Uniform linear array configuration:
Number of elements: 8
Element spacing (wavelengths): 0.25
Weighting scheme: hann
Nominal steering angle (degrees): -60
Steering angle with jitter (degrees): -60.476
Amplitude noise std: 0.05
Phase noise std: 0.05

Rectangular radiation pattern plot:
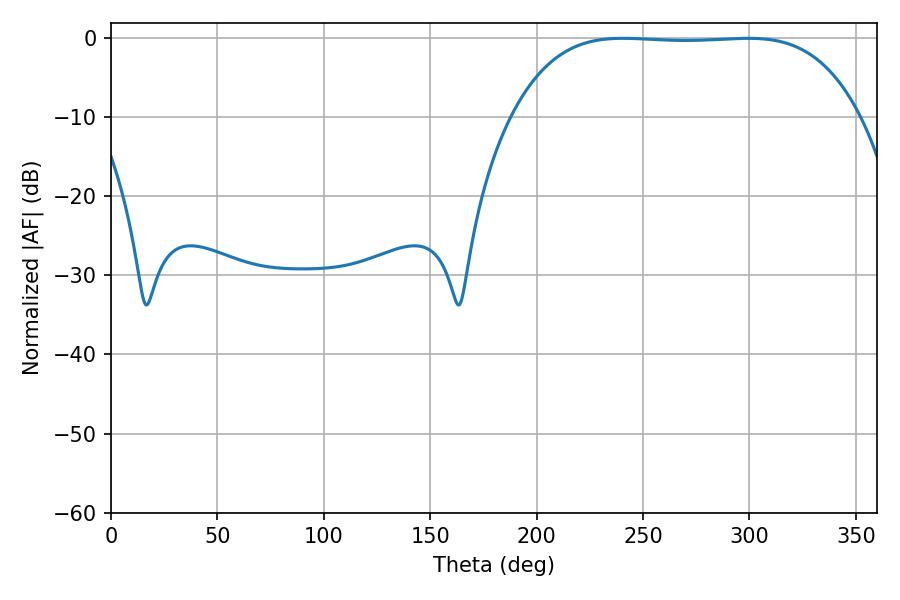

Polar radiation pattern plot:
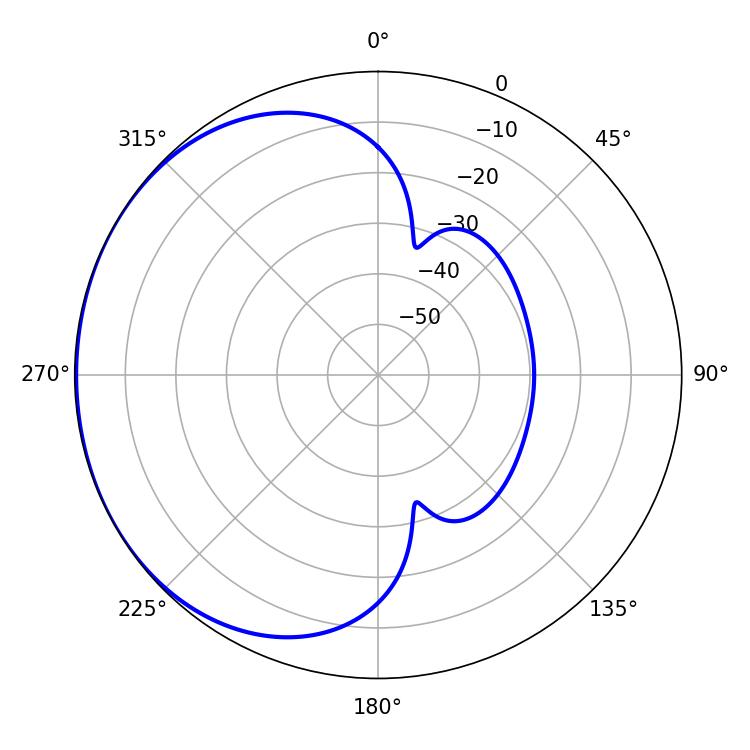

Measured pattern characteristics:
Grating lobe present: FALSE
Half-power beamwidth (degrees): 126.36
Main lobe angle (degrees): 240.66